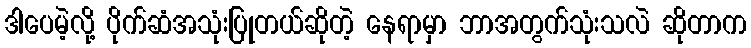
ဒါပေမဲ့လို့ ပိုက်ဆံအသုံးပြုတယ်ဆိုတဲ့ နေရာမှာ ဘာအတွက်သုံးသလဲ ဆိုတာက